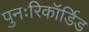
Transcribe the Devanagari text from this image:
पुनःरिकॉर्डिड